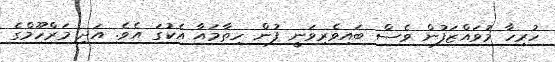
ހުރިހާ މުވައްޒަފުން ވެސް ބައިވެރިވަނީ ފުން ހިތާމައާ އެކުގަ އެވެ. އަދި މަރްހޫމްގެ